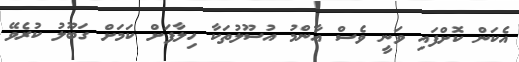
އެކަން ކޮށްފައި ވަނީ ވެސް އާންމު އުސޫލުތަކާ ހިލާފަށް ކަމަށް ގަބޫލު ކުރެވޭ